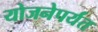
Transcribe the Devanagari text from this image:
योजनेपर्यंत